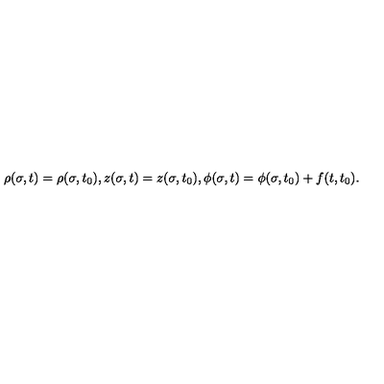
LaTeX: \rho ( \sigma , t ) = \rho ( \sigma , t _ { 0 } ) , z ( \sigma , t ) = z ( \sigma , t _ { 0 } ) , \phi ( \sigma , t ) = \phi ( \sigma , t _ { 0 } ) + f ( t , t _ { 0 } ) .